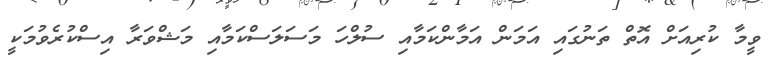
ވީމާ ކުރިއަށް އޮތް ތަނުގައި އަމަން އަމާންކަމާއި ސުލްހަ މަސަލަސްކަމާއި މަޝްވަރާ އިސްކުރެވުމަކީ